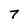
Character: 7